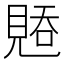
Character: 𰴑